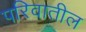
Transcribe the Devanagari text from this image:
परिवातील